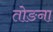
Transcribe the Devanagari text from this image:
तोङना